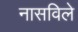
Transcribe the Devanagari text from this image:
नासविले